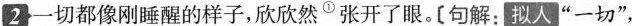
2一切都像刚睡醒的样子,欣欣然^{①}张开了眼。[句解:拟人“一切”,